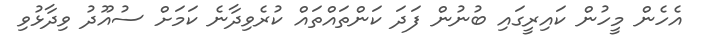
އެހެން މީހުން ކައިރީގައި ބުނުން ފަދަ ކަންތައްތައް ކުރެވިދާނެ ކަމަށް ސުއޫދު ވިދާޅުވި